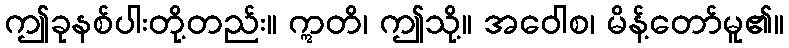
ဤခုနစ်ပါးတို့တည်း။ ဣတိ၊ ဤသို့။ အဝေါစ၊ မိန့်တော်မူ၏။